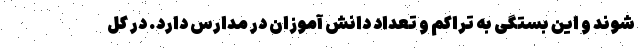
شوند و این بستگی به تراکم و تعداد دانش آموزان در مدارس دارد. در کل